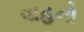
વાહનો